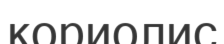
кориолис